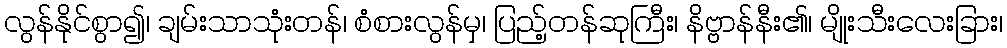
လွန်နိုင်စွာ၍၊ ချမ်းသာသုံးတန်၊ စံစားလွန်မှ၊ ပြည့်တန်ဆုကြီး၊ နိဗ္ဗာန်နီး၏၊ မျိုးသီးလေးခြား၊